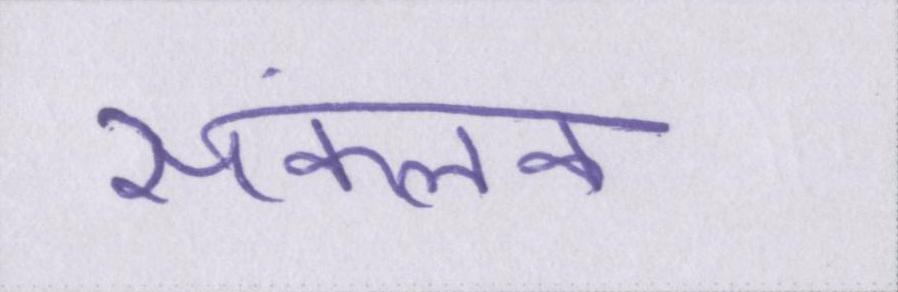
संकलक